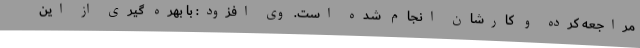
مراجعه کرده و کارشان انجام شده است. وی افزود: با بهره گیری از این